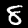
Digit: 8